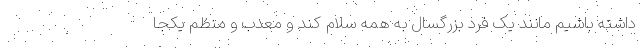
داشته باشیم مانند یک فرد بزرگسال به همه سلام کند و معدب و منظم یکجا